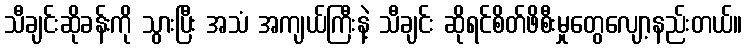
သီချင်းဆိုခန်းကို သွားပြီး အသံ အကျယ်ကြီးနဲ့ သီချင်း ဆိုရင်စိတ်ဖိစီးမှုတွေလျော့နည်းတယ်။